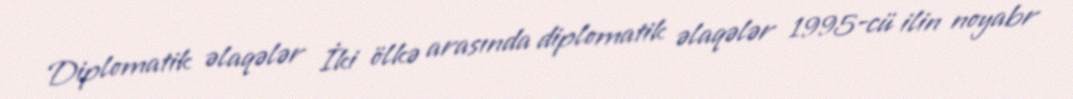
Diplomatik əlaqələr İki ölkə arasında diplomatik əlaqələr 1995-cü ilin noyabr